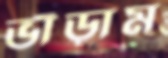
ভাঁড়াম